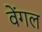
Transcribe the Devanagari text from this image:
वेंगल